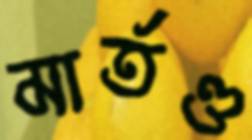
মার্তণ্ড